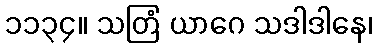
၁၁၃၄။ သတြံ ယာဂေ သဒါဒါနေ၊